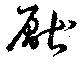
厭